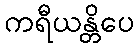
ကရီယန္တိပေ